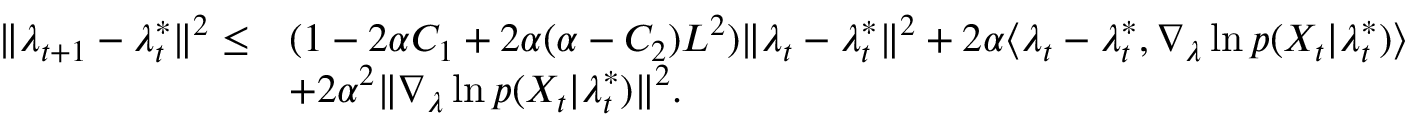
\begin{array} { r l } { \| \lambda _ { t + 1 } - \lambda _ { t } ^ { * } \| ^ { 2 } \leq } & { ( 1 - 2 \alpha C _ { 1 } + 2 \alpha ( \alpha - C _ { 2 } ) L ^ { 2 } ) \| \lambda _ { t } - \lambda _ { t } ^ { * } \| ^ { 2 } + 2 \alpha \langle \lambda _ { t } - \lambda _ { t } ^ { * } , \nabla _ { \lambda } \ln p ( X _ { t } | \lambda _ { t } ^ { * } ) \rangle } \\ & { + 2 \alpha ^ { 2 } \| \nabla _ { \lambda } \ln p ( X _ { t } | \lambda _ { t } ^ { * } ) \| ^ { 2 } . } \end{array}